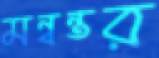
মন্বন্তর